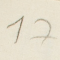
17